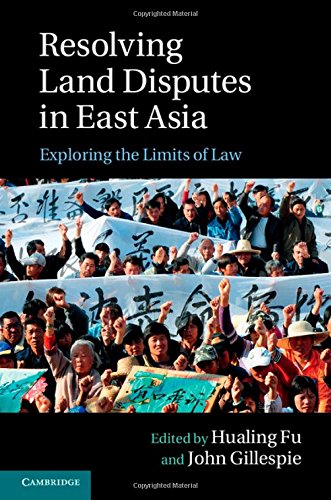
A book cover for Resolving Land Disputes in East Asia: Exploring the Limits of Law; Law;